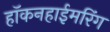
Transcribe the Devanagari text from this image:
हॉकनहाईमरिंग